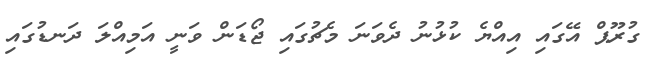
ގުރޫޕް އޭގައި އިއްޔެ ކުޅުނު ދެވަނަ މެޗުގައި ޖޯޑަން ވަނީ އަމިއްލަ ދަނޑުގައި